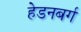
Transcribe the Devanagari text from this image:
हेडनबर्ग